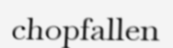
chopfallen